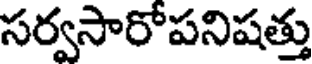
సర్వసారోపనిషత్తు